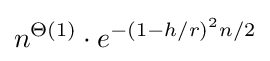
n^{\Theta (1)}\cdot e^{-(1-h/r)^{2}n/2}